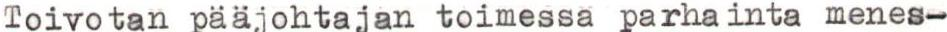
Toivotan pääjohtajan toimessa parhainta menes-